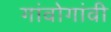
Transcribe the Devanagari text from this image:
गांवोगांवी